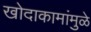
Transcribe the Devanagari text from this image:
खोदाकामांमुळे